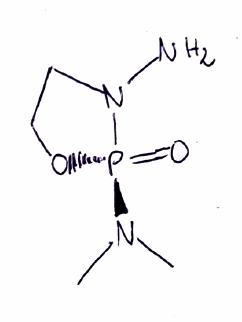
Simplified molecular-input line-entry system (SMILES) notation of the given molecule:
CN(C)[P@]1(=O)N(CCO1)N